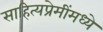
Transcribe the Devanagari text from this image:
साहित्यप्रेमींमध्ये